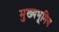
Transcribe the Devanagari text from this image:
मुख्यभूमिय